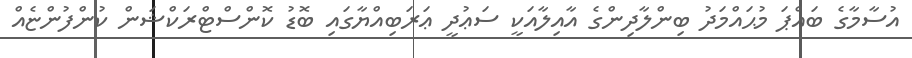
އުސާމާގެ ބައްޕަ މުޙައްމަދު ބިންލާދިންގެ އާއިލާއަކީ ސަޢުދީ ޢަރަބިއްޔާގައި ބޮޑު ކޮންސްޓްރަކްޝަން ކުންފުންޏެއް